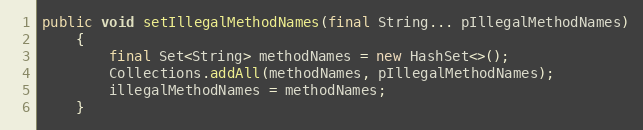
Language: Java
public void setIllegalMethodNames(final String... pIllegalMethodNames)
    {
        final Set<String> methodNames = new HashSet<>();
        Collections.addAll(methodNames, pIllegalMethodNames);
        illegalMethodNames = methodNames;
    }